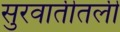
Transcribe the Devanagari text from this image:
सुरवातीतली